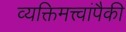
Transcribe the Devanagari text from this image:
व्यक्तिमत्त्वांपैकी